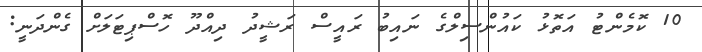
10 ކޮމެންޓު އަތޮޅު ކައުންސިލްގެ ނައިބު ރައީސް ރަޝީދު ދިއްދޫ ހޮސްޕިޓަލަށް ގެންދަނީ: